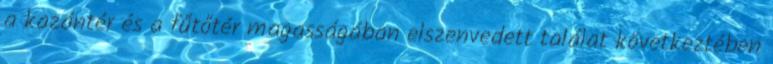
a kazántér és a fűtőtér magasságában elszenvedett találat következtében